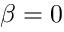
\beta = 0